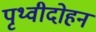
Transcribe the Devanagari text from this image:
पृथ्वीदोहन